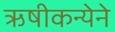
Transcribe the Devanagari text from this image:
ऋषीकन्येने